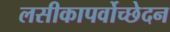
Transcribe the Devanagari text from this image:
लसीकापर्वोच्छेदन